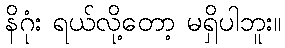
နိဂုံး ရယ်လို့တော့ မရှိပါဘူး။